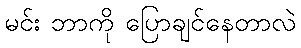
မင်း ဘာကို ပြောချင်နေတာလဲ